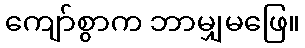
ကျော်စွာက ဘာမျှမဖြေ။